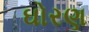
ઘોરણ